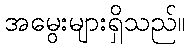
အမွေးများရှိသည်။